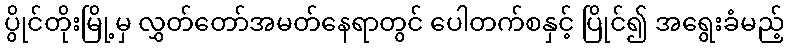
ပွိုင်တိုးမြို့မှ လွှတ်တော်အမတ်နေရာတွင် ပေါတက်စနှင့် ပြိုင်၍ အရွေးခံမည့်